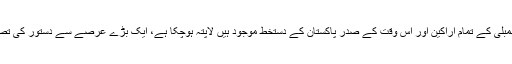
اصل مسودہ جس پر آئین ساز اسمبلی کے تمام اراکین اور اس وقت کے صدر پاکستان کے دستخط موجود ہیں لاپتہ ہوچکا ہے، ایک بڑے عرصے سے دستور کی تصدیق شدہ کاپی نہیں دیکھی گئی۔